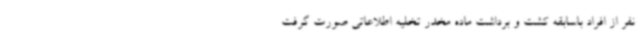
نفر از افراد باسابقه کشت و برداشت ماده مخدر تخلیه اطلاعاتی صورت گرفت